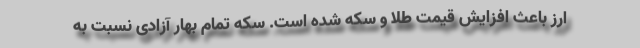
ارز باعث افزایش قیمت طلا و سکه شده است. سکه تمام بهار آزادی نسبت به